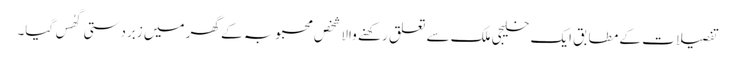
تفصیلات کے مطابق ایک خلیجی ملک سے تعلق رکھنے والا شخص محبوبہ کے گھر میں زبردستی گھُس گیا۔